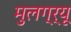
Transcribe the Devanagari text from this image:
मुलग्र्यू